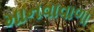
માનવાવાળા